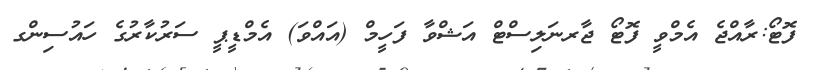
ފޮޓޯ:ރާއްޖެ އެމްވީ ފޮޓޯ ޖާރނަލިސްޓް އަޝްވާ ފަހީމް (އައްވަ) އެމްޑީޕީ ސަރުކާރުގެ ހައުސިންގ